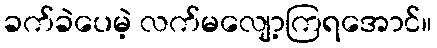
ခက်ခဲပေမဲ့ လက်မလျော့ကြရအောင်။